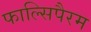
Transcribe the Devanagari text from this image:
फाल्सिपैरम